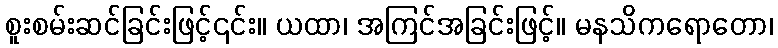
စူးစမ်းဆင်ခြင်းဖြင့်၎င်း။ ယထာ၊ အကြင်အခြင်းဖြင့်။ မနသိကရောတော၊